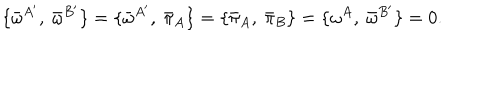
\{ { \bar { \omega } } ^ { A ^ { \prime } } , \ { \bar { \omega } } ^ { B ^ { \prime } } \} = \{ { \bar { \omega } } ^ { A ^ { \prime } } , \ { \bar { \pi } _ { A } } \} = \{ { \bar { \pi } _ { A } } , \ { \bar { \pi } _ { B } } \} = \{ { \omega } ^ { A } , \ { \bar { \omega } } ^ { B ^ { \prime } } \} = 0 .